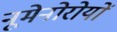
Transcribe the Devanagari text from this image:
नूमेनोरोयों